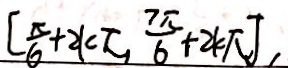
[ \frac { \pi } { 6 } + 2 k \pi , \frac { 7 \pi } { 6 } + 2 k \pi ] ,